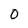
Character: O